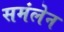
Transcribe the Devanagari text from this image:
समंलेन